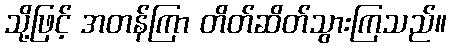
သို့ဖြင့် အတန်ကြာ တိတ်ဆိတ်သွားကြသည်။